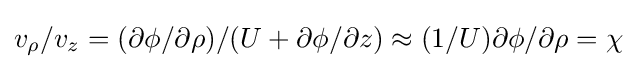
v_{\rho }/v_{z}=(\partial \phi /\partial \rho )/(U+\partial \phi /\partial z)\approx (1/U)\partial \phi /\partial \rho =\chi